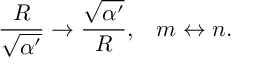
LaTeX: { \frac { R } { \sqrt { \alpha ^ { \prime } } } } \rightarrow { \frac { \sqrt { \alpha ^ { \prime } } } { R } } , \; \; \; m \leftrightarrow n .